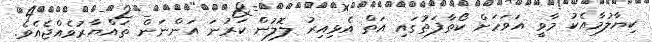
ކިޔާލުމާއެކު މާވީ އަވަހަށް ކޯތާފަތުގައި އަތް އެޅިއިރު ލޮލުން ކަރުނަ އަންނަން ތައްޔާރުވެއްޖެއެވެ.